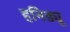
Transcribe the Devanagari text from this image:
हनिड्यू